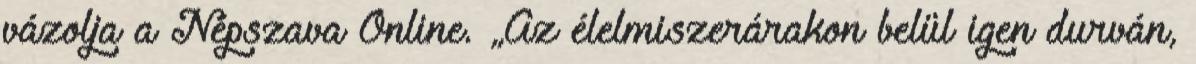
vázolja a Népszava Online. „Az élelmiszerárakon belül igen durván,